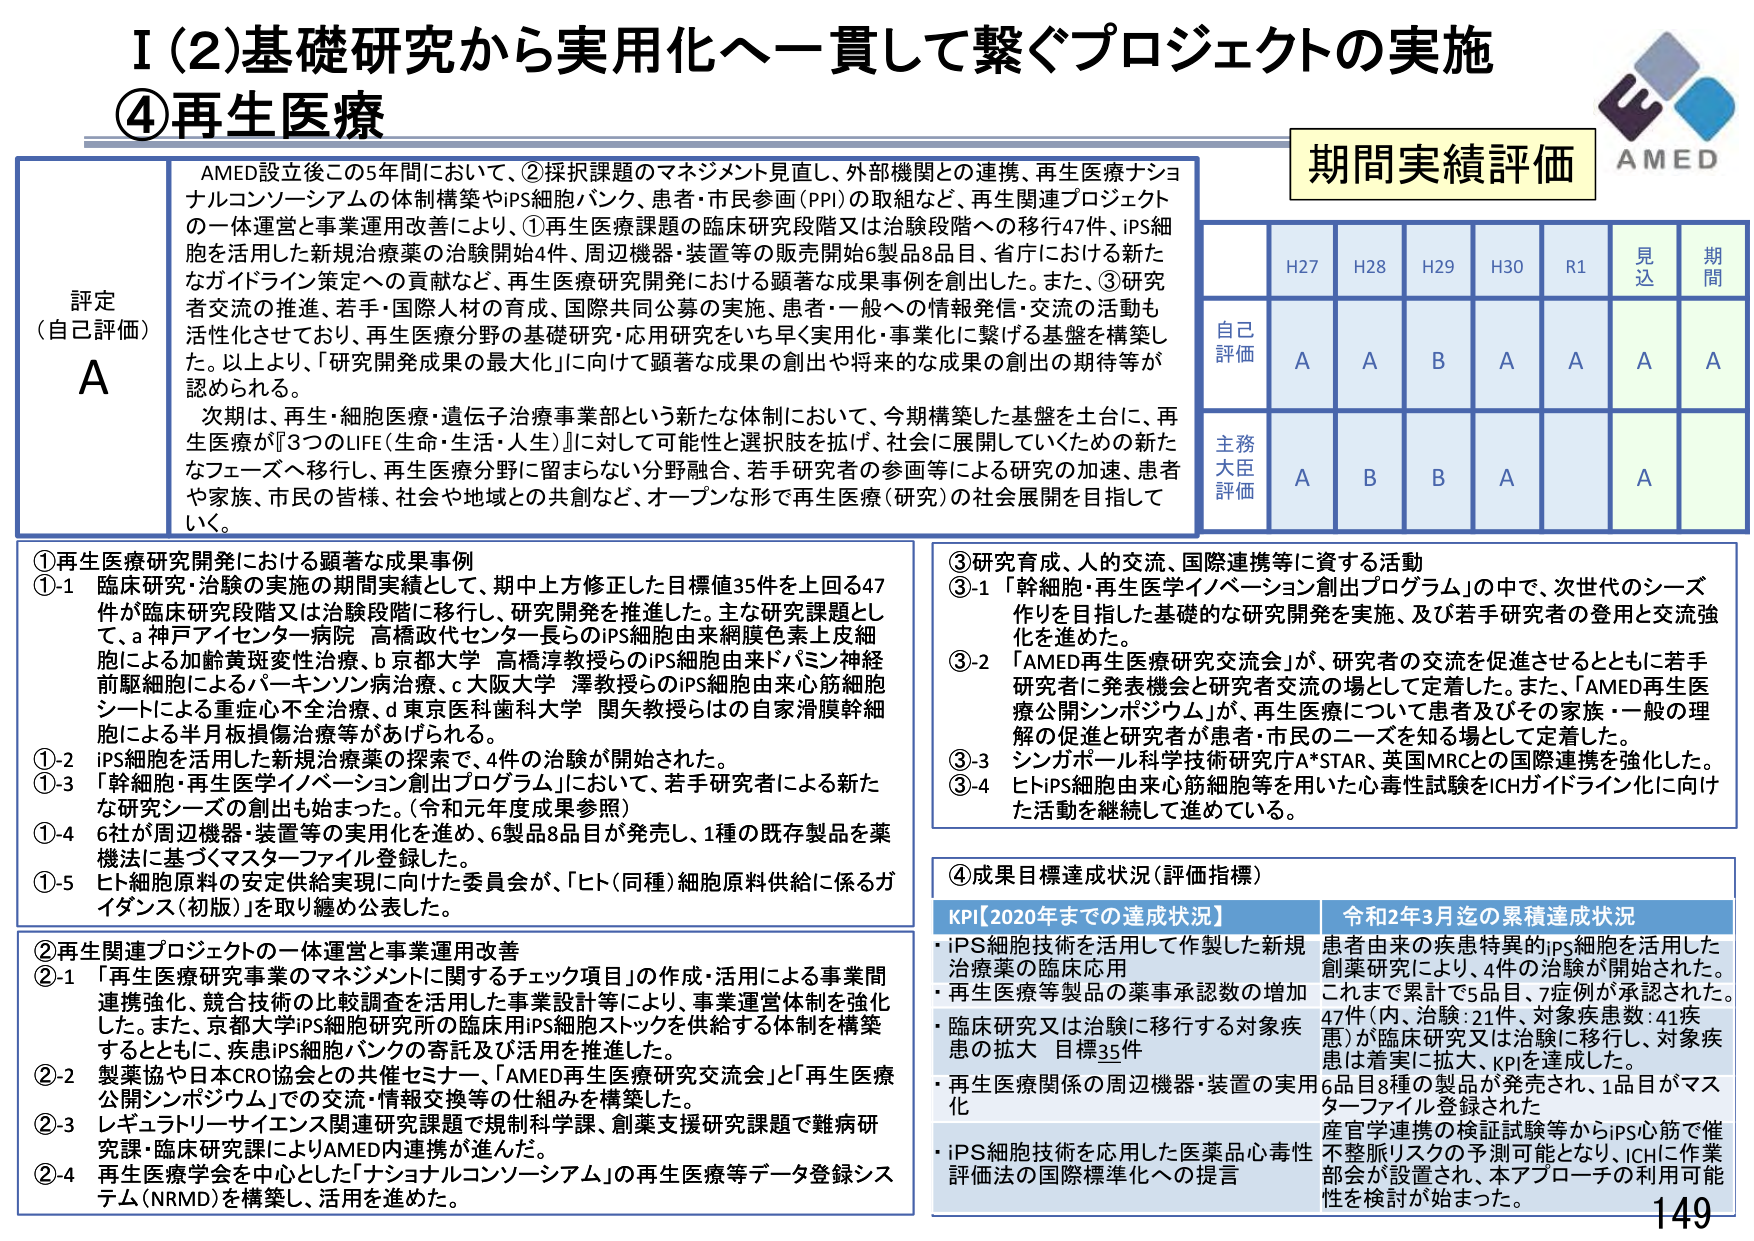
I (2) 基礎研究から実用化へー貫して繋ぐプロジェクトの実施
④再生医療

評定（自己評価）
A

AMED設立後この5年間において、②採択課題のマネジメント見直し、外部機関との連携、再生医療ナショナルコンソーシアムの体制構築やiPS細胞バンク、患者・市民参画（PPI）の取組など、再生関連プロジェクトの一休運営と事業運用改善により、①再生医療課題の臨床研究段階又は治験段階への移行47件、iPS細胞を活用した新規治療薬の治験開始4件、周辺機器・装置等の販売開始6製品8品目、省庁における新たなガイドライン策定への貢献など、再生医療研究開発における顕著な成果事例を創出しました。また、③研究者交流の推進、若手・国際人材の育成、国際共同公募の実施、患者・一般への情報発信・交流の活動も活性化させており、再生医療分野の基礎研究・応用研究をいち早く実用化・事業化に繋げる基盤を構築しました。以上より、「研究開発成果の最大化」に向けて顕著な成果の創出や将来的な成果の創出の期待等が認められる。

次期は、再生・細胞医療・遺伝子治療事業部という新たな体制において、今期構築した基盤を土台に、再生医療が『3つのLIFE（生命・生活・人生）』に対して可能性と選択肢を拡げ、社会に展開していくための新たなフェーズへ移行し、再生医療分野に留まらない分野融合、若手研究者の参画等による研究の加速、患者や家族、市民の皆様、社会や地域との共創など、オープンな形で再生医療（研究）の社会展開を目指していく。

①再生医療研究開発における顕著な成果事例
①-1 臨床研究・治験の実施の期間実績として、期中上方修正した目標値35件を上回る47件が臨床研究段階又は治験段階に移行し、研究開発を推進した。主な研究課題として、a 神戸アイセンター病院 高橋政代センター長らのiPS細胞由来網膜色素上皮細胞による加齢黄斑変性治療、b 京都大学 高橋淳教授らのiPS細胞由来ドパミン神経前駆細胞によるパーキンソン病治療、c 大阪大学 澤教教授らのiPS細胞由来心筋細胞シートによる重症心不全治療、d 東京医科歯科大学 関矢教授らの自家滑膜幹細胞による半月板損傷治療等があげられる。
①-2 iPS細胞を活用した新規治療薬の探索で、4件の治験が開始された。
①-3 「幹細胞・再生医学イノベーション創出プログラム」において、若手研究者による新たな研究シーズの創出を始めた。（令和元年度成果参照）
①-4 6社が周辺機器・装置等の実用化を進め、6製品8品目が発売し、1種の既存製品を薬機法に基づくマスターファイル登録した。
①-5 ヒト細胞原料の安定供給実現に向けた委員会が、「ヒト（同種）細胞原料供給に係るガイドライン（初版）」を取り纏め公表した。

②再生関連プロジェクトの一休運営と事業運用改善
②-1 「再生医療研究事業のマネジメントに関するチェック項目」の作成・活用による事業間連携強化、競合技術の比較調査を活用した事業設計等により、事業運営体制を強化した。また、京都大学iPS細胞研究所の臨床用iPS細胞ストックを供給する体制を構築するとともに、疾患iPS細胞バンクの寄託及び活用を推進した。
②-2 製薬協や日本CRO協会との共催セミナー、「AMED再生医療研究交流会」と「再生医療公開シンポジウム」での交流・情報交換等の仕組みを構築した。
②-3 レギュラトリーサイエンス関連研究課題で規制科学課、創薬支援研究課題で難病研究課・臨床研究課によりAMED内連携を進んだ。
②-4 再生医療学会を中心とした「ナショナルコンソーシアム」の再生医療等データ登録システム（NRMD）を構築し、活用を進めた。

③研究育成、人的交流、国際連携等に資する活動
③-1 「幹細胞・再生医学イノベーション創出プログラム」の中で、次世代のシーズ作りを目指した基礎的な研究開発を実施、及び若手研究者の登用と交流強化を進めた。
③-2 「AMED再生医療研究交流会」が、研究者の交流を促進させるとともに若手研究者に発表機会と研究者交流の場として定着した。また、「AMED再生医療公開シンポジウム」が、再生医療について患者及びその家族・一般の理解の促進と研究者が患者・市民のニーズを知る場として定着した。
③-3 シンガポール科学技術研究庁A*STAR、英国MRCとの国際連携を強化した。
③-4 ヒトiPS細胞由来心筋細胞等を用いた心毒性試験をICHガイドライン化に向けた活動を継続して進めている。

④成果目標達成状況（評価指標）
KPI[2020年までの達成状況]
・iPS細胞技術を活用して作製した新規治療薬の臨床応用
・再生医療等製品の薬事承認数の増加
・臨床研究又は治験に移行する対象疾患の拡大 目標35件
・再生医療関係の周辺機器・装置の実用化
・iPS細胞技術を応用した医薬品心毒性評価法の国際標準化への提言

令和2年3月迄の累積達成状況
患者由来の疾患特異的iPS細胞を活用した創薬研究により、4件の治験が開始された。これまで累計で5品目、7症例が承認された。47件（内、治験：21件、対象疾患数：41疾患）が臨床研究又は治験に移行し、対象疾患は着実に拡大、KPIを達成した。6品目8種の製品が発売され、1品目がマスターファイル登録された。産官学連携の検証試験等からiPS心筋で催不整脈リスクの予測可能となり、ICHに作業部会が設置され、本アプローチの利用可能性を検討が始まった。

期間実績評価
H27 H28 H29 H30 R1 見込 期間
自己評価 A A B A A A A
主務大臣評価 A B B A A

AMED
149